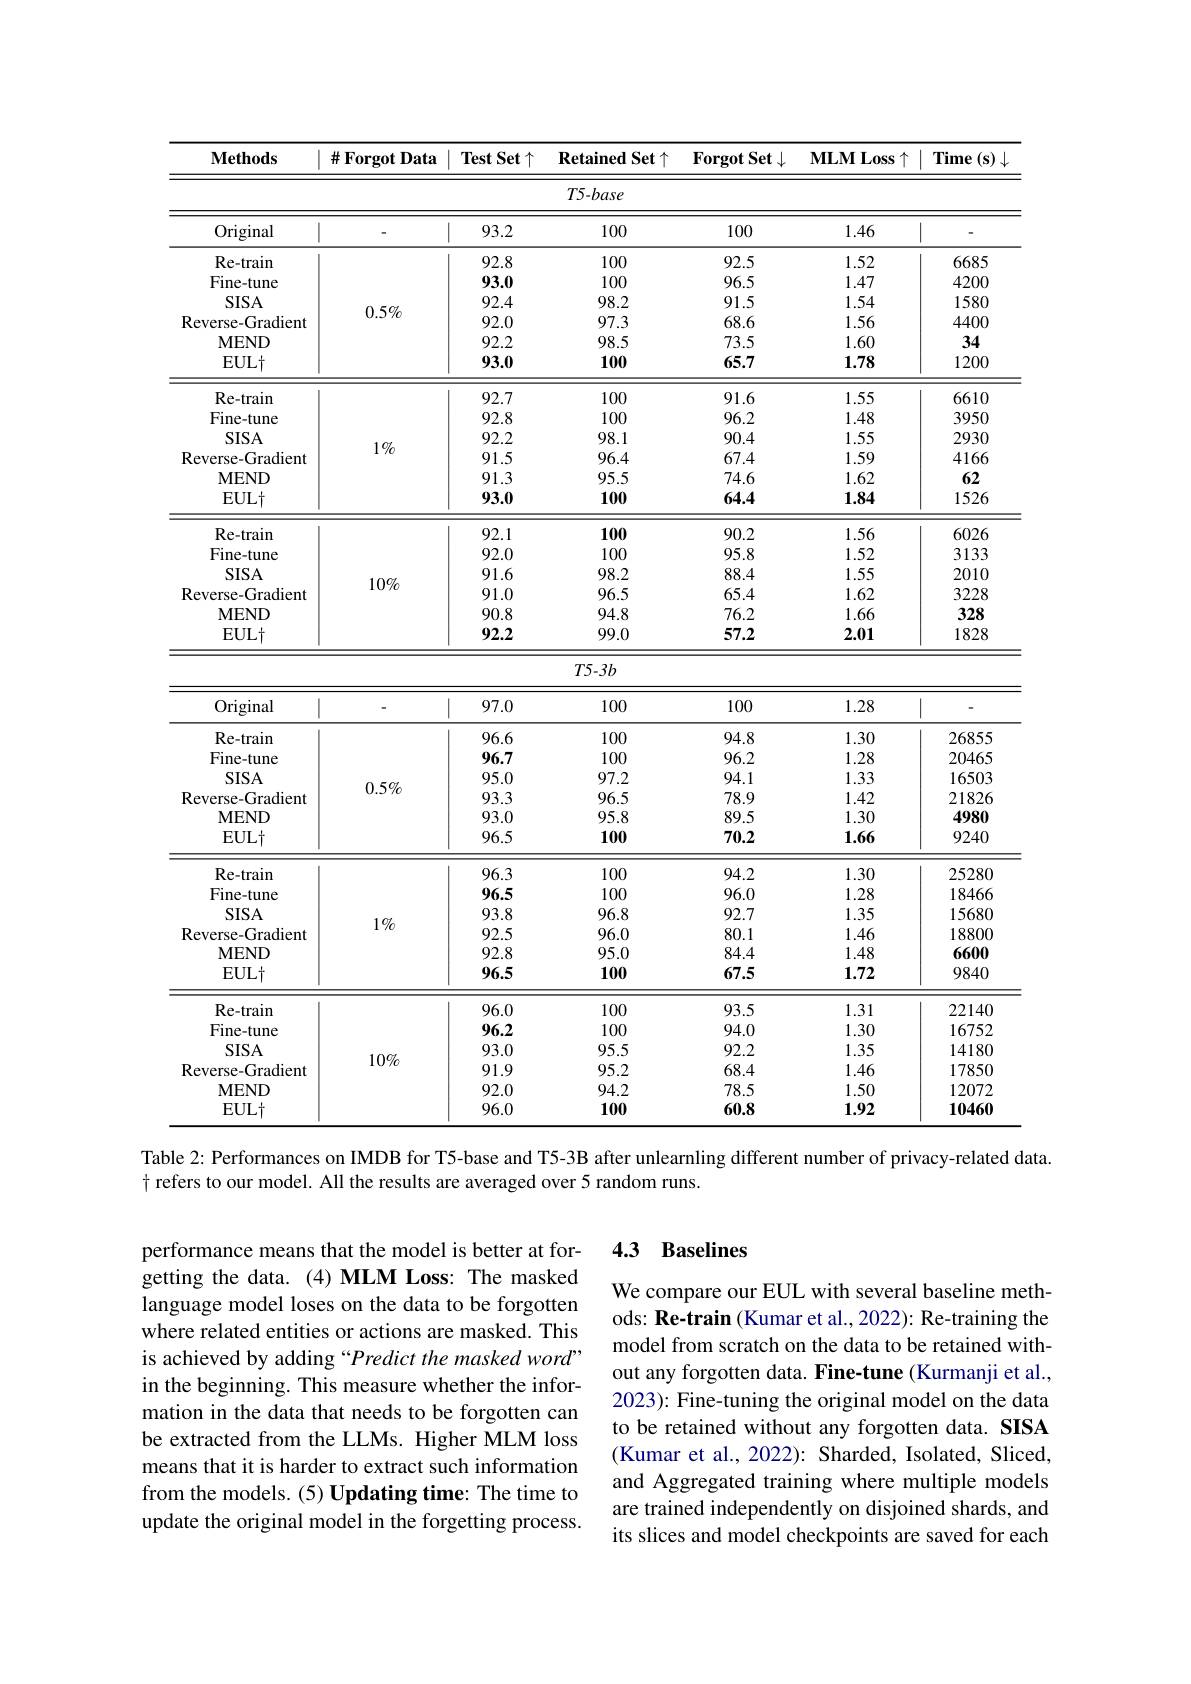
<table>
	<tbody>
		<tr>
			<th>$\mathbf{Methods}$</th>
			<th>$\#$Forgot Data</th>
			<th>$\textbf{Test Set}\uparrow$</th>
			<th>$\textbf{Retained Set}\uparrow$</th>
			<th>$\mathbf{ForgotSet}\downarrow$</th>
			<th>$\mathbf{MLMLoss}\uparrow$</th>
			<th>Time $(\mathbf{s})$</th>
		</tr>
		<tr>
			<td> </td>
			<td> </td>
			<td> </td>
			<td>$T5-base$</td>
			<td> </td>
			<td> </td>
			<td> </td>
		</tr>
		<tr>
			<td>Original</td>
			<td> </td>
			<td>93.2</td>
			<td>100</td>
			<td>100</td>
			<td>1.46</td>
			<td> </td>
		</tr>
		<tr>
			<td>Re- train</td>
			<td> </td>
			<td>92.8</td>
			<td>100</td>
			<td>92.5</td>
			<td>1.52</td>
			<td>6685</td>
		</tr>
		<tr>
			<td>Fine-tune</td>
			<td> </td>
			<td>93.0</td>
			<td>100</td>
			<td>96.5</td>
			<td>1.47</td>
			<td>4200</td>
		</tr>
		<tr>
			<td>$SISA$</td>
			<td> </td>
			<td>92.4</td>
			<td>98.2</td>
			<td>91.5</td>
			<td>1.54</td>
			<td>1580</td>
		</tr>
		<tr>
			<td>Reverse- Gradient</td>
			<td>$0.5\%$</td>
			<td>92.0</td>
			<td>97.3</td>
			<td>68.6</td>
			<td>1.56</td>
			<td>4400</td>
		</tr>
		<tr>
			<td>MEND</td>
			<td> </td>
			<td>92.2</td>
			<td>98.5</td>
			<td>73.5</td>
			<td>1.60</td>
			<td>34</td>
		</tr>
		<tr>
			<td>$EUL\dagger$</td>
			<td> </td>
			<td>93.0</td>
			<td>100</td>
			<td>65.7</td>
			<td>1.78</td>
			<td>1200</td>
		</tr>
		<tr>
			<td>Re- trai</td>
			<td> </td>
			<td>92.7</td>
			<td>100</td>
			<td>91</td>
			<td>1.55</td>
			<td>6610</td>
		</tr>
		<tr>
			<td>Fine-tune</td>
			<td> </td>
			<td>92.8</td>
			<td>100</td>
			<td>96.2</td>
			<td>1.48</td>
			<td>3950</td>
		</tr>
		<tr>
			<td>$SISA$</td>
			<td> </td>
			<td>92.2</td>
			<td>98.1</td>
			<td>90.4</td>
			<td>1.55</td>
			<td>2930</td>
		</tr>
		<tr>
			<td>Reverse- Gradient</td>
			<td>$1\%$</td>
			<td>91.5</td>
			<td>96.4</td>
			<td>67.4</td>
			<td>1.59</td>
			<td>4166</td>
		</tr>
		<tr>
			<td>MEND</td>
			<td> </td>
			<td>91.3</td>
			<td>95.5</td>
			<td>74.6</td>
			<td>1.62</td>
			<td>62</td>
		</tr>
		<tr>
			<td>$EUL\dagger$</td>
			<td> </td>
			<td>93.0</td>
			<td>100</td>
			<td>64.4</td>
			<td>1.84</td>
			<td>1526</td>
		</tr>
		<tr>
			<td>Re- trai</td>
			<td> </td>
			<td>07</td>
			<td>100</td>
			<td>90.2</td>
			<td>1.56</td>
			<td>6026</td>
		</tr>
		<tr>
			<td>Fine-tune</td>
			<td> </td>
			<td>92.0</td>
			<td>100</td>
			<td>95.8</td>
			<td>1.52</td>
			<td>3133</td>
		</tr>
		<tr>
			<td>TIIL-tuille $\mathbf{CICA}$</td>
			<td> </td>
			<td>$7L.0$</td>
			<td>IUU 087</td>
			<td>7.0.0 $\mathbf{Q}\mathbf{Q}$</td>
			<td>$1....L$ 155</td>
			<td>$J1JJ$</td>
		</tr>
		<tr>
			<td>$SISA$</td>
			<td> </td>
			<td>91.6</td>
			<td>98.2</td>
			<td>88.4</td>
			<td>1.55</td>
			<td>2010</td>
		</tr>
		<tr>
			<td>Reverse- Gradient</td>
			<td>$10\%$</td>
			<td>91.0</td>
			<td>96.5</td>
			<td>65.4</td>
			<td>1.62</td>
			<td>3228</td>
		</tr>
		<tr>
			<td>Keverse-Uraurenu MENT</td>
			<td> </td>
			<td>$y1.0$</td>
			<td>$y0..$</td>
			<td>0. 、 H</td>
			<td>$1.0\angle$</td>
			<td>$\mathcal{J}LL\boldsymbol{\Phi}$ 2</td>
		</tr>
		<tr>
			<td>MEND</td>
			<td> </td>
			<td>90.8</td>
			<td>94.8</td>
			<td>16.2</td>
			<td>1.66</td>
			<td>328 10AO</td>
		</tr>
		<tr>
			<td>$EUL\dagger$</td>
			<td> </td>
			<td>92.2</td>
			<td>99.0</td>
			<td>57.2</td>
			<td>2.01</td>
			<td>1828</td>
		</tr>
		<tr>
			<td>$\mathbf{EULT}$</td>
			<td> </td>
			<td>$\mathbf{y}_{\boldsymbol{L}_{\bullet}}\boldsymbol{L}$</td>
			<td>$yy.0$</td>
			<td>5/.2</td>
			<td>$\angle.01$</td>
			<td>$18\angle8$</td>
		</tr>
		<tr>
			<td> </td>
			<td> </td>
			<td> </td>
			<td>$T5-3b$</td>
			<td> </td>
			<td> </td>
			<td> </td>
		</tr>
		<tr>
			<td> </td>
			<td> </td>
			<td> </td>
			<td>$T5-3b$</td>
			<td> </td>
			<td> </td>
			<td> </td>
		</tr>
		<tr>
			<td>Original</td>
			<td> </td>
			<td>97.0</td>
			<td>100</td>
			<td>100</td>
			<td>1.28</td>
			<td> </td>
		</tr>
		<tr>
			<td>Original</td>
			<td> </td>
			<td>97.0</td>
			<td>100</td>
			<td>100</td>
			<td>1.28</td>
			<td> </td>
		</tr>
		<tr>
			<td>$\mathbf{R}_{\mathrm{P}.}$</td>
			<td> </td>
			<td>966</td>
			<td>100</td>
			<td>948</td>
			<td>130</td>
			<td>26855</td>
		</tr>
		<tr>
			<td>Re- train</td>
			<td> </td>
			<td>96.6</td>
			<td>100</td>
			<td>94.8</td>
			<td>1.30</td>
			<td>26855</td>
		</tr>
		<tr>
			<td>Fine-tune</td>
			<td> </td>
			<td>96.7</td>
			<td>100</td>
			<td>96.2</td>
			<td>1.28</td>
			<td>20465</td>
		</tr>
		<tr>
			<td>$SISA$</td>
			<td> </td>
			<td>95.0</td>
			<td>97.2</td>
			<td>94.1</td>
			<td>1.33</td>
			<td>16503</td>
		</tr>
		<tr>
			<td>1D $r$</td>
			<td>$0.5\%$</td>
			<td>${\mathcal{T}}.{\mathcal{U}}.{\mathcal{U}}$ 2 03</td>
			<td>$71.\angle$ 065</td>
			<td>7+.1 780</td>
			<td>$A\Upsilon$</td>
			<td>10.00.</td>
		</tr>
		<tr>
			<td>Reverse- Gradient</td>
			<td>$V_{1}W/0$</td>
			<td>93.3</td>
			<td>96.5</td>
			<td>78.9</td>
			<td>1.42</td>
			<td>21826</td>
		</tr>
		<tr>
			<td>$\mathbf{MEND}$</td>
			<td> </td>
			<td>93.0</td>
			<td>95.8</td>
			<td>89.5</td>
			<td>1.30</td>
			<td>4980</td>
		</tr>
		<tr>
			<td>$EUL\dagger$</td>
			<td> </td>
			<td>96.5</td>
			<td>100</td>
			<td>70.2</td>
			<td>1.66</td>
			<td>9240</td>
		</tr>
		<tr>
			<td>Re- train</td>
			<td> </td>
			<td>96.3</td>
			<td>100</td>
			<td>94.2</td>
			<td>1.30</td>
			<td>25280</td>
		</tr>
		<tr>
			<td>Fine-tune</td>
			<td> </td>
			<td>96.5</td>
			<td>100</td>
			<td>96.0</td>
			<td>1.28</td>
			<td>18466</td>
		</tr>
		<tr>
			<td>$SISA$</td>
			<td> </td>
			<td>93.8</td>
			<td>96.8</td>
			<td>92.7</td>
			<td>1.35</td>
			<td>15680</td>
		</tr>
		<tr>
			<td>Reverse- Gradient</td>
			<td>$1\%$</td>
			<td>92.5</td>
			<td>96.0</td>
			<td>80.1</td>
			<td>1.46</td>
			<td>18800</td>
		</tr>
		<tr>
			<td>$\mathbf{MEND}$</td>
			<td> </td>
			<td>92.8</td>
			<td>95.0</td>
			<td>84.4</td>
			<td>1.48</td>
			<td>6600</td>
		</tr>
		<tr>
			<td>$EUL\dagger$</td>
			<td> </td>
			<td>96.5</td>
			<td>100</td>
			<td>67.5</td>
			<td>1.72</td>
			<td>9840</td>
		</tr>
		<tr>
			<td>Re- train</td>
			<td rowspan="6">$10\%$</td>
			<td>96.0</td>
			<td>100</td>
			<td>93.5</td>
			<td>1.31</td>
			<td>22140</td>
		</tr>
		<tr>
			<td>Fine-tune</td>
			<td>96.2</td>
			<td>100</td>
			<td>94.0</td>
			<td>1.30</td>
			<td>16752</td>
		</tr>
		<tr>
			<td>$SISA$</td>
			<td>93.0</td>
			<td>95.5</td>
			<td>92.2</td>
			<td>1.35</td>
			<td>14180</td>
		</tr>
		<tr>
			<td>Reverse- Gradient</td>
			<td>91.9</td>
			<td>95.2</td>
			<td>68.4</td>
			<td>1.46</td>
			<td>17850</td>
		</tr>
		<tr>
			<td>MEND</td>
			<td>92.0</td>
			<td>94.2</td>
			<td>78.5</td>
			<td>1.50</td>
			<td>12072</td>
		</tr>
		<tr>
			<td>$EUL\dagger$</td>
			<td>96.0</td>
			<td>100</td>
			<td>60.8</td>
			<td>1.92</td>
			<td>10460</td>
		</tr>
	</tbody>
</table>
Table 2: Performances on IMDB for T5-base and T5-3B after unlearnling different number of privacy-related data.

$\dagger$ refers to our model. All the results are averaged over 5 random runs.

### 4.3 Baselines

performance means that the model is better at forgetting the data.(4)MLM Loss: The masked language model loses on the data to be forgotten where related entities or actions are masked. This is achieved by adding “Predict the masked word” in the beginning. This measure whether the information in the data that needs to be forgotten can be extracted from the LLMs. Higher MLM loss means that it is harder to extract such information from the models. (5) Updating time: The time to update the original model in the forgetting process.

We compare our EUL with several baseline methods: Re-train (Kumar et al., 2022): Re-training the model from scratch on the data to be retained without any forgotten data. Fine-tune (Kurmanji et al., 2023): Fine-tuning the original model on the data to be retained without any forgotten data. SISA (Kumar et al., 2022): Sharded, Isolated, Sliced, and Aggregated training where multiple models are trained independently on disjoined shards, and its slices and model checkpoints are saved for each